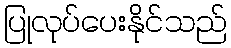
ပြုလုပ်ပေးနိုင်သည်